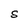
Character: S